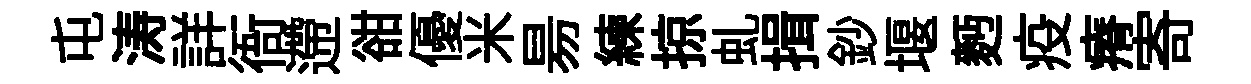
屯涛詳衙遰𧮳優米昜練掠虬揖鈔堰麪疫瘠寄